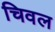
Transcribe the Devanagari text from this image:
चिवल